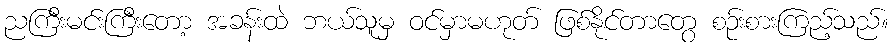
ညကြီးမင်းကြီးတော့ အခန်းထဲ ဘယ်သူမှ ဝင်မှာမဟုတ် ဖြစ်နိုင်တာတွေ စဉ်းစားကြည့်သည်။